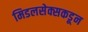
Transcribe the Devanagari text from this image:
मिडलसेक्सकडून